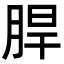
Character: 䏷